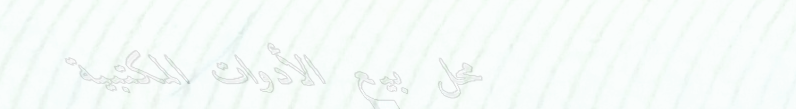
محل بيع الأدوات المكتبية